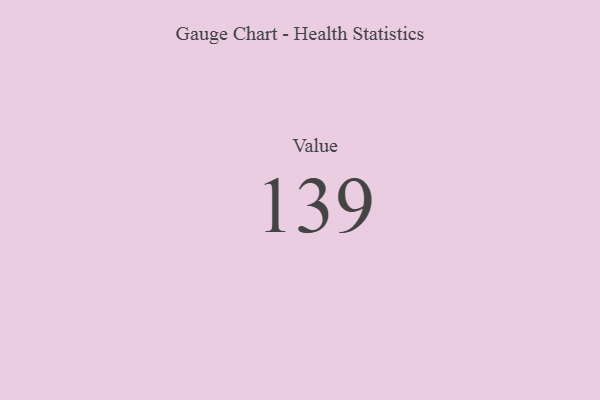
{"axis": {"x": "Metric", "y": "Value"}, "legend": [""], "data": [{"x": "Value", "y": 139, "type": ""}]}